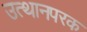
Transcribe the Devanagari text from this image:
उत्थानपरक